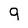
Character: 9